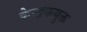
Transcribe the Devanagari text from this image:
केन्द्रकयुक्त